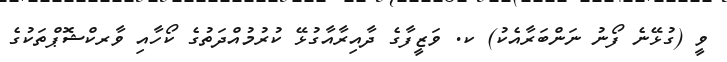
ވީ (ގުޅޭނެ ފޯނު ނަންބަރާއެކު) ކ. ވަޒީފާގެ ދާއިރާއާގުޅޭ ކުރުމުއްދަތުގެ ކޯހާއި ވާރކްޝޮޕްތަކުގެ